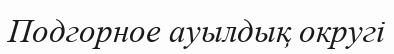
Подгорное ауылдық округі